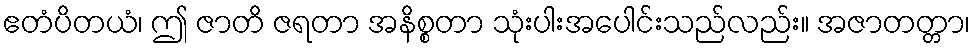
ဧတံပိတယံ၊ ဤ ဇာတိ ဇရတာ အနိစ္စတာ သုံးပါးအပေါင်းသည်လည်း။ အဇာတတ္တာ၊